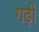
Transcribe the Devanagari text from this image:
गढ़ीं